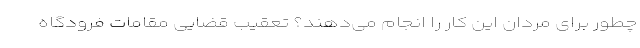
چطور برای مردان این کار را انجام می‌دهند؟ تعقیب قضایی مقامات فرودگاه